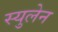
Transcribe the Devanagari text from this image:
स्युलेन